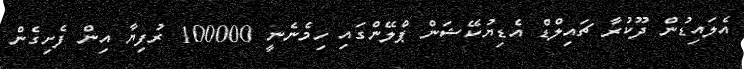
އެލައިޑުން ދޫކުރާ ޗައިލްޑް އެޑިޔުކޭޝަން ޕްލޭންގައި ހިމެނެނީ 100000 ރުފިޔާ އިން ފެށިގެން